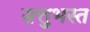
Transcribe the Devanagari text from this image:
सत्तुभस्त